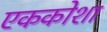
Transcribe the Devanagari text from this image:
एककोशा